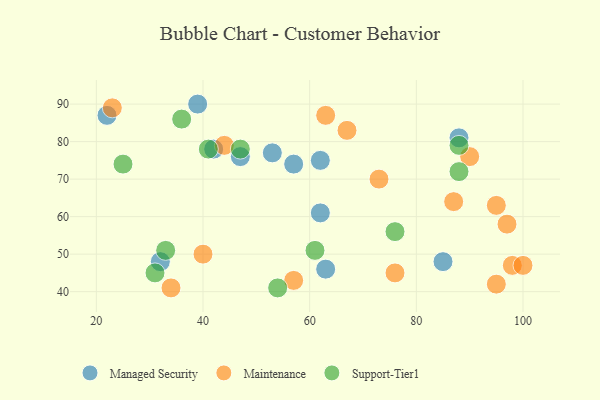
{"axis": {"x": "GDP", "y": "Life Expectancy"}, "legend": ["Maintenance", "Managed Security", "Support-Tier1"], "data": [{"x": "62", "y": 75, "type": "Managed Security"}, {"x": "63", "y": 46, "type": "Managed Security"}, {"x": "47", "y": 76, "type": "Managed Security"}, {"x": "39", "y": 90, "type": "Managed Security"}, {"x": "57", "y": 74, "type": "Managed Security"}, {"x": "88", "y": 81, "type": "Managed Security"}, {"x": "53", "y": 77, "type": "Managed Security"}, {"x": "42", "y": 78, "type": "Managed Security"}, {"x": "62", "y": 61, "type": "Managed Security"}, {"x": "22", "y": 87, "type": "Managed Security"}, {"x": "32", "y": 48, "type": "Managed Security"}, {"x": "85", "y": 48, "type": "Managed Security"}, {"x": "87", "y": 64, "type": "Maintenance"}, {"x": "57", "y": 43, "type": "Maintenance"}, {"x": "90", "y": 76, "type": "Maintenance"}, {"x": "34", "y": 41, "type": "Maintenance"}, {"x": "67", "y": 83, "type": "Maintenance"}, {"x": "73", "y": 70, "type": "Maintenance"}, {"x": "23", "y": 89, "type": "Maintenance"}, {"x": "76", "y": 45, "type": "Maintenance"}, {"x": "98", "y": 47, "type": "Maintenance"}, {"x": "40", "y": 50, "type": "Maintenance"}, {"x": "100", "y": 47, "type": "Maintenance"}, {"x": "95", "y": 42, "type": "Maintenance"}, {"x": "44", "y": 79, "type": "Maintenance"}, {"x": "97", "y": 58, "type": "Maintenance"}, {"x": "95", "y": 63, "type": "Maintenance"}, {"x": "63", "y": 87, "type": "Maintenance"}, {"x": "25", "y": 74, "type": "Support-Tier1"}, {"x": "88", "y": 72, "type": "Support-Tier1"}, {"x": "41", "y": 78, "type": "Support-Tier1"}, {"x": "54", "y": 41, "type": "Support-Tier1"}, {"x": "88", "y": 79, "type": "Support-Tier1"}, {"x": "36", "y": 86, "type": "Support-Tier1"}, {"x": "33", "y": 51, "type": "Support-Tier1"}, {"x": "47", "y": 78, "type": "Support-Tier1"}, {"x": "61", "y": 51, "type": "Support-Tier1"}, {"x": "31", "y": 45, "type": "Support-Tier1"}, {"x": "76", "y": 56, "type": "Support-Tier1"}]}